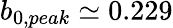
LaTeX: b_{0,peak}\simeq 0.229